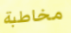
مخاطبة